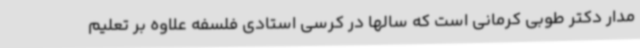
مدار دکتر طوبی کرمانی است که سالها در کرسی استادی فلسفه علاوه بر تعلیم